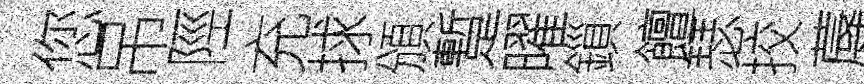
您吊陘充捄頒蹔曜鎻饘瑟挍蓐